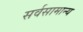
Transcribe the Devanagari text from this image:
सर्वसामान्‍य